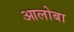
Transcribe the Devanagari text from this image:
आलोबा